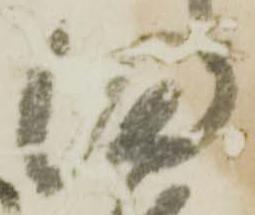
満